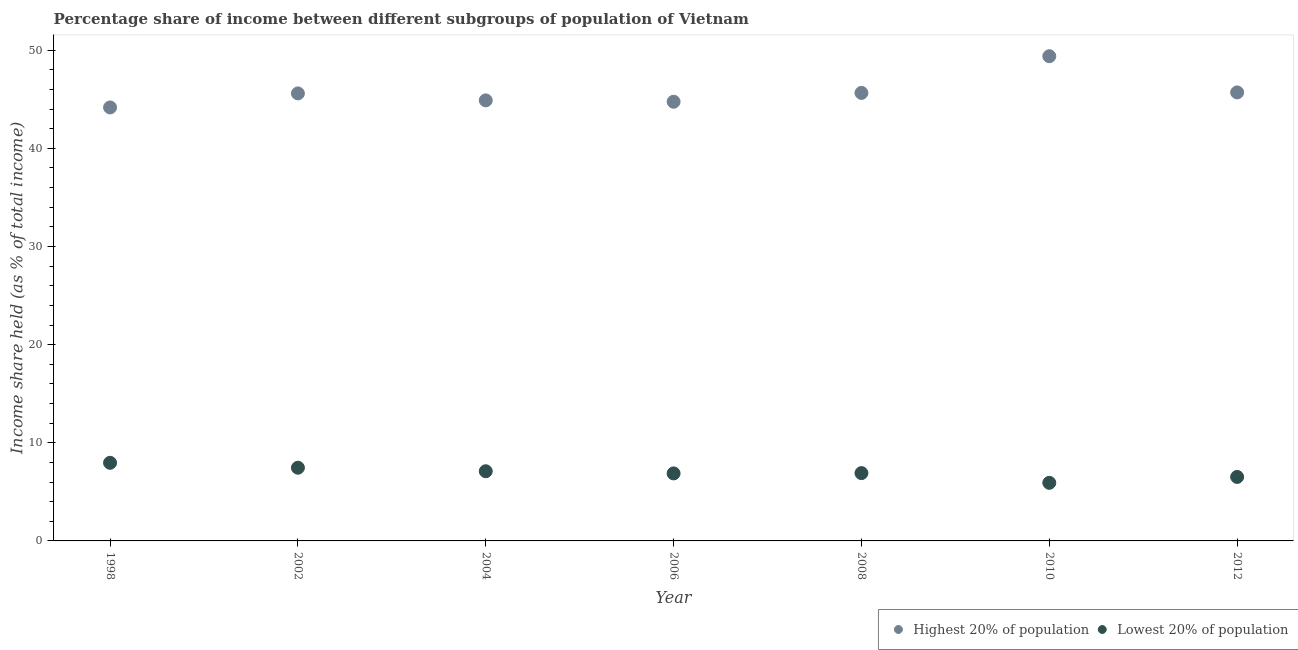
| Year | Highest 20% of population | Lowest 20% of population |
 | --- | --- | --- |
 | 1998 | 44.2 | 7.96 |
 | 2002 | 45.6 | 7.46 |
 | 2004 | 44.9 | 7.1 |
 | 2006 | 44.8 | 6.88 |
 | 2008 | 45.6 | 6.91 |
 | 2010 | 49.4 | 5.92 |
 | 2012 | 45.7 | 6.52 |